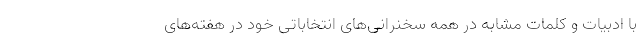
با ادبیات و کلمات مشابه در همه سخنرانی‌های انتخاباتی خود در هفته‌های